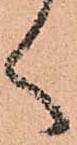
く